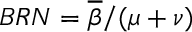
B R N = \overline { { \beta } } / ( \mu + \nu )